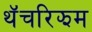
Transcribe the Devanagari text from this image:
थॅचरिझम